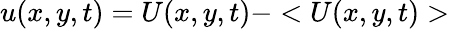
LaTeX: u(x,y,t)=U(x,y,t)-<U(x,y,t)>